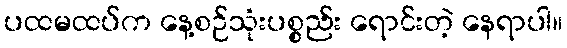
ပထမထပ်က နေ့စဉ်သုံးပစ္စည်း ရောင်းတဲ့ နေရာပါ။